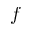
f